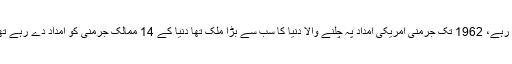
سنہ 1945 سے 1955m تک دس سال جرمنی کے ایک کروڑ چالیس لاکھ لوگ کیمپوں میں پناہ گزین رہے، 1962 تک جرمنی امریکی امداد پہ چلنے والا دنیا کا سب سے بڑا ملک تھا دنیا کے 14 ممالک جرمنی کو امداد دے رہے تھے اور دل چسپ حقیقت یہ ہے کہ ان امداد دینے والے 14 ممالک میں ہمارا ملک پاکستان بھی شامل تھا۔